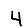
Digit: 4